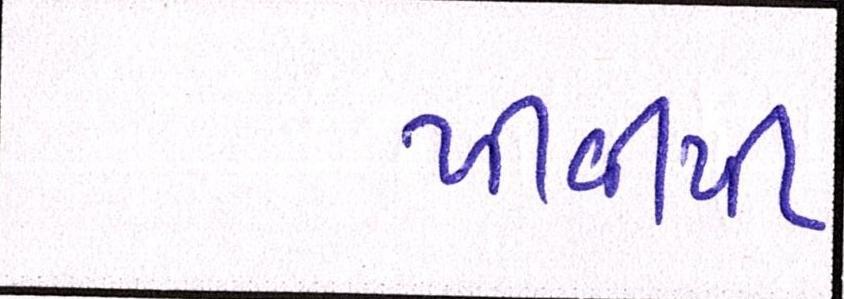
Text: પીવીપી